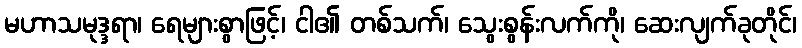
မဟာသမုဒ္ဒရာ၊ ရေများစွာဖြင့်၊ ငါ၏ တစ်သက်၊ သွေးစွန်းလက်ကို၊ ဆေးလျက်ခုတိုင်၊